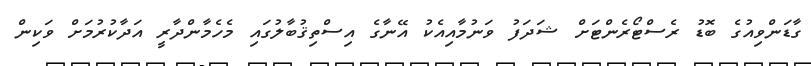
ގާޑަންވިއުގެ ބޮޑު ރެސްޓޯރެންޓަށް ޝަދަފު ވަނުމާއިއެކު އޭނާގެ އިސްތިޤުބާލުގައި މެހެމާންދާރީ އަދާކުރުމަށް ވަކިން